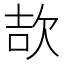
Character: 欯